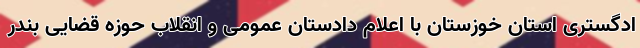
ادگستری استان خوزستان با اعلام دادستان عمومی و انقلاب حوزه قضایی بندر